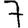
Digit: 7